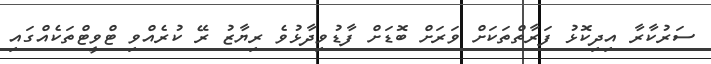
ސަރުކާރާ އިދިކޮޅު ފަރާތްތަކަށް ވަރަށް ބޮޑަށް ފާޑުވިދާޅުވެ ރިޔާޒު ރޭ ކުރެއްވި ޓްވީޓްތަކެއްގައި